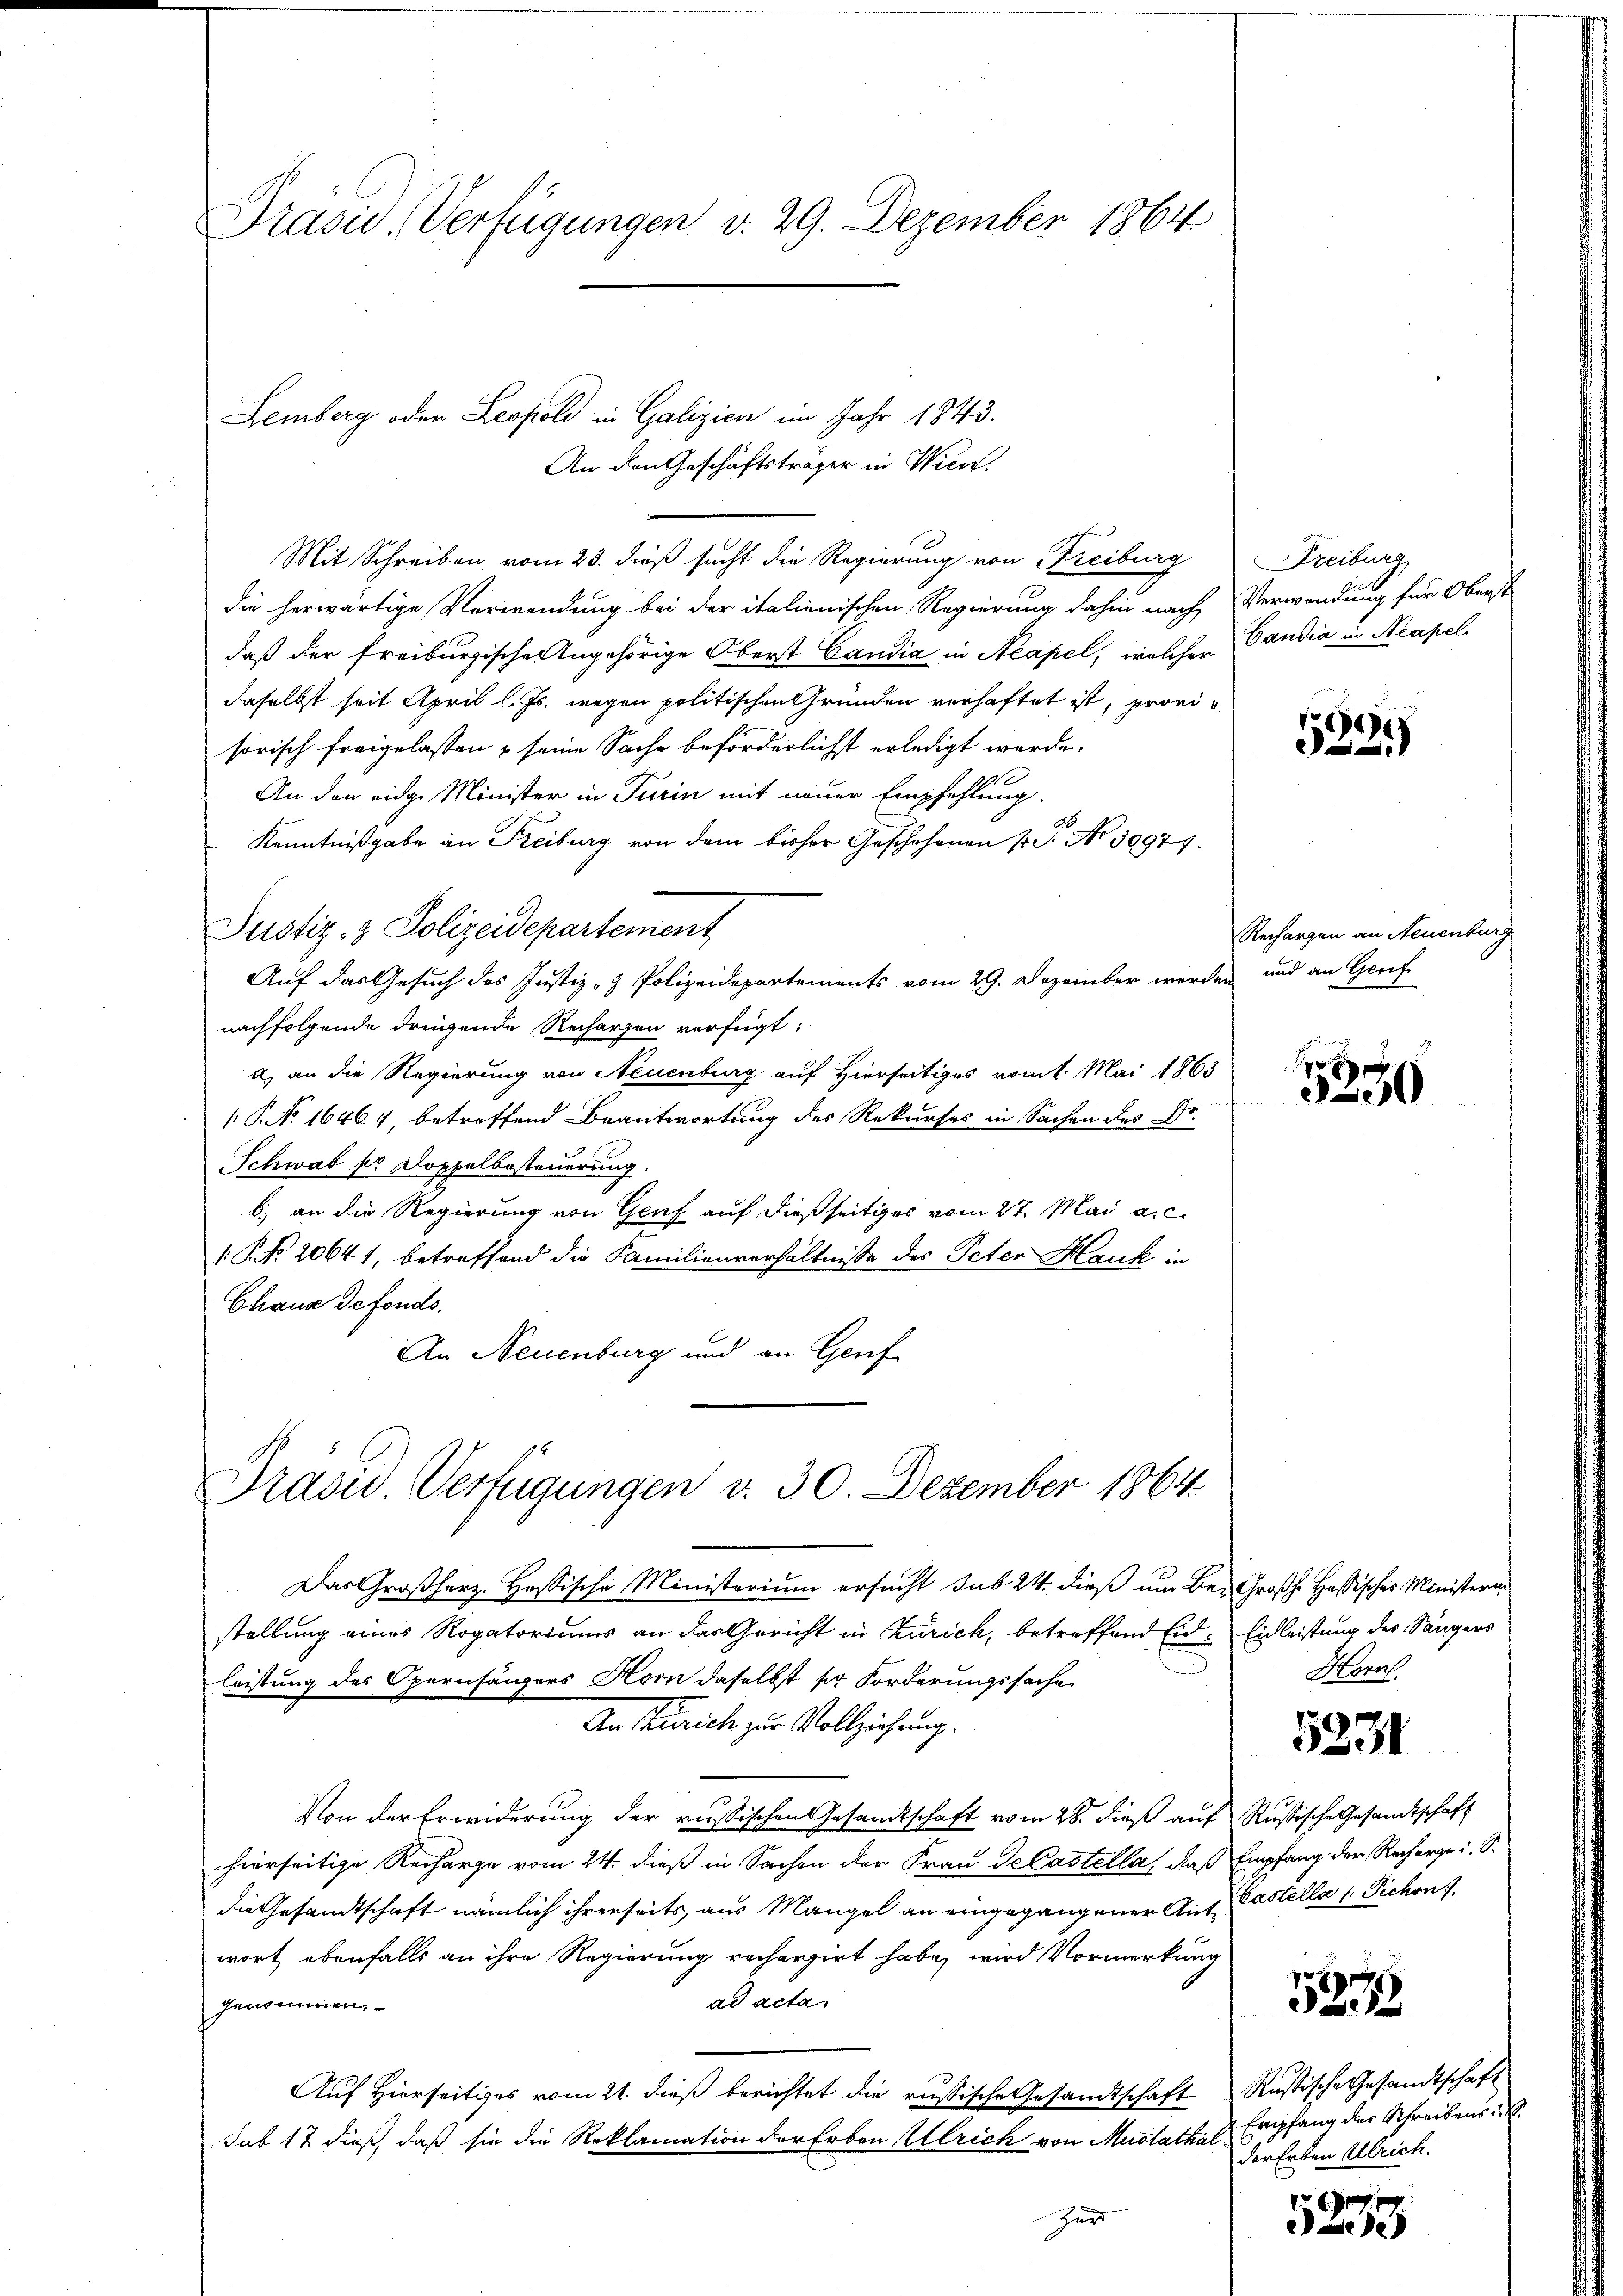
Prasie, Verfügungen v. 29. Dezember 1864

Lemberg oder Leopold in Galizien im Jahr 1843.

Mit Schreiben vom 23. dieß sucht die Regierung von Freiburg
die herwärtige Verwendung bei der italienischen Regierung dahin nach Verwendung für Oberst
daß der freiburgische Angehörige Oberst Candia in Neapel, welcher
daselbst seit April l. Js. wegen politischen Gründen verhaftet ist, provisorisch freigelassen & seine Sache beförderlichst erledigt werde.
An den eidge Minister in Turin mit neuer Empfehlung.
Ge
Kenntnißgabe an Freiburg von dem bisher Geschehenen 1. No 30977.
Justiz- & Polizeidepartement
Auf das Gesuch des Justiz- & Polizeidepartements vom 29. Dezember werden und an Genf
nachfolgende dringende Rechargen verfügt:
a) an die Regierung von Neuenburg auf Hierseitiges vom 1. Mai 1863
( P. No 16464, betreffend Beantwortung des Rekurses in Sachen des Dr.
Schwab pr Doppelbesteuerung.
b) an die Regierung von Genf auf dießseitiges vom 27. Mai a. c.
(. P. No. 20641, betreffend die Familienverhältnisse des Peter Hauk in
Chaus defonds.
An Neuenburg und an Genf

Dradw. Verfügungen v. 30. Dezember 1864

An den Geschäftsträger in Wien

Freiburg,
Candia in Neapel

Das Großherz. Hassische Ministerium ersucht sub 24. dieß um Be- Großh. Hassisches Ministern
stellung eines Rogatoriums an das Gericht in Curich, betreffend Eid, Eidleistung der Sängers
leistung des Opernhängers Horn daselbst so Forderungssache
An Zürich zur Vollziehung.
Von der Erwiderung der russischen Gesandtschaft vom 28. dieß auf Russische Gesandtschaft
hierseitige Recharge vom 24. dieß in Sachen der Frau de Castella, daß Empfang der Rechergeri. S.
die Gesandtschaft nämlich ihrerseits aus Mangel an eingegangener Ant. Castella 1 Tichon 7.
wort ebenfalls an ihre Regierung rechargirt habe, wird Vormerkung
ad acta
genommen,
Auf Hierseitiges vom 21. dieß berichtet die russische Gesandtschaft
sub 12 dieß, daß sie die Reklamation der Erben Ulrich von Mustathalzur

8
.

Rechargen an Neuenburg

x
e

Kono

5231

2

Rustische Gesandtschaft
Empfang der Schreibens
der Erben Ulrich.

5223